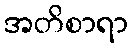
အတိစာရာ